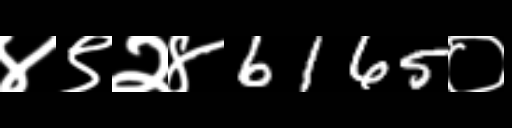
Text: ४९२४6165०